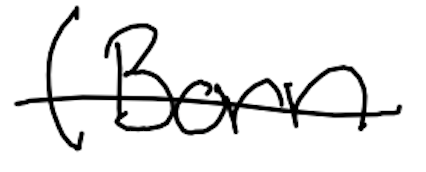
Text: (born
Cross-out: single-line
Writing tool: digital_black